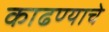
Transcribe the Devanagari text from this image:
काढण्‍याचे